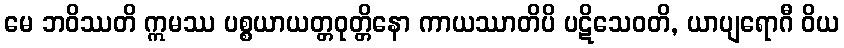
မေ ဘဝိဿတိ ဣမဿ ပစ္စယာယတ္တဝုတ္တိနော ကာယဿာတိပိ ပဋိသေဝတိ, ယာပျရောဂီ ဝိယ